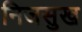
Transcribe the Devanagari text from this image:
निजसुख